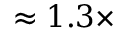
\approx 1 . 3 \times